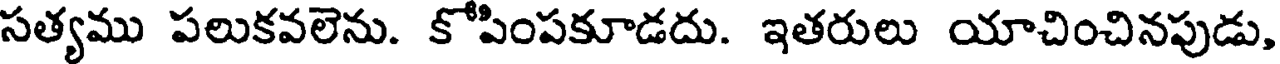
సత్యము పలుకవలెను. కోపింపకూడదు. ఇతరులు యాచించినపుడు,